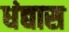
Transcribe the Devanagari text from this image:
धंद्यास